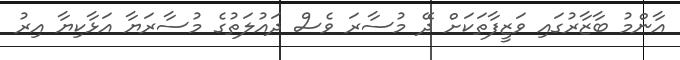
އާންމު ބާޒާރުގައި ވަޒީފާތަކަށް ދޭ މުސާރަ ވެސް ދައުލަތުގެ މުސާރަޔާ އަޅާކިޔާ އިރު